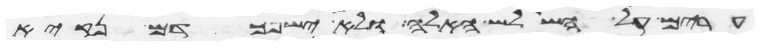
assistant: ערים על השלש האלה ולא ישפך דם נקיא